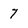
Character: 7